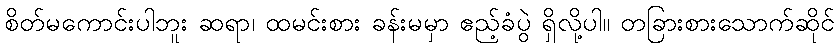
စိတ်မကောင်းပါဘူး ဆရာ၊ ထမင်းစား ခန်းမမှာ ဧည့်ခံပွဲ ရှိလို့ပါ။ တခြားစားသောက်ဆိုင်